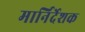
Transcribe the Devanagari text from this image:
मार्निर्देशक